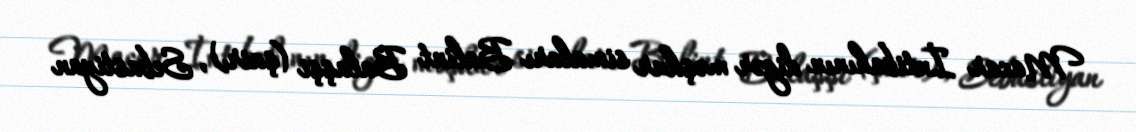
Macar İntibahının digər məşhur simaları Balint Balaşşi (şair), Sebastiyan